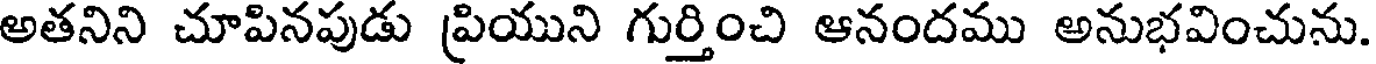
అతనిని చూపినపుడు ప్రియుని గుర్తించి ఆనందము అనుభవించును.